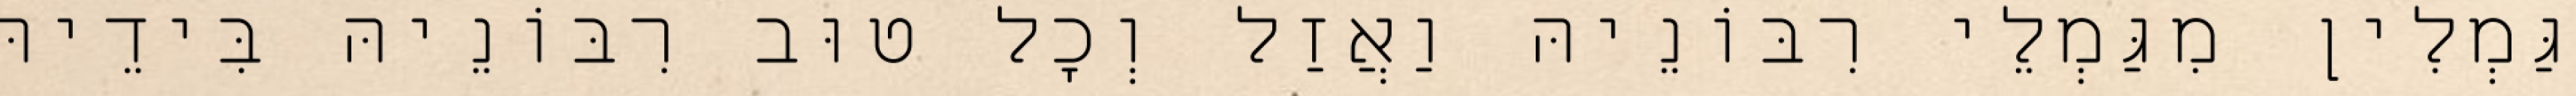
גַּמְלִין מִגַּמְלֵי רִבּוֹנֵיהּ וַאֲזַל וְכָל טוּב רִבּוֹנֵיהּ בִּידֵיהּ